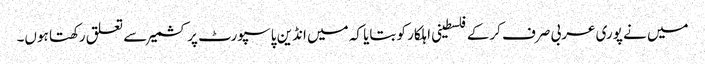
میں نے پوری عربی صرف کرکے فلسطینی اہلکار کو بتایا کہ میں انڈین پاسپورٹ پر کشمیر سے تعلق رکھتا ہوں۔